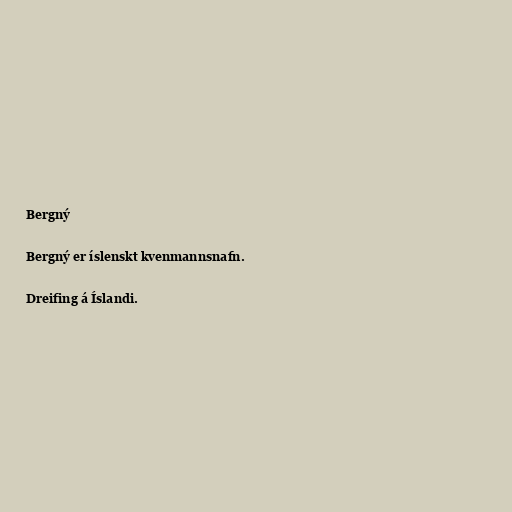
Bergný

Bergný er íslenskt kvenmannsnafn.

Dreifing á Íslandi.